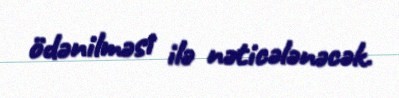
ödənilməsi ilə nəticələnəcək.